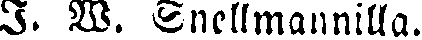
I. W. Snellmannilla.